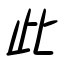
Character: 此